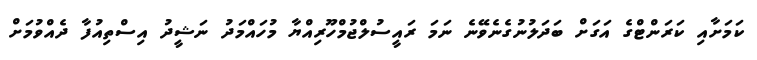
ކަމަށާއި ކަރަންޓްގެ އަގަށް ބަދަލުނުގެނެވޭނެ ނަމަ ރައީސުލްޖުމްހޫރިއްޔާ މުހައްމަދު ނަޝީދު އިސްތިއުފާ ދެއްވުމަށް